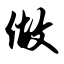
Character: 做